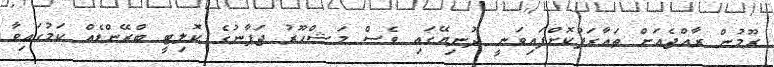
ރޫމުން ރާއްޖެއަށް ތައާރަފުކޮށްފައިވަނީ ދުނިޔޭގައި ވެސް މަޝްހޫރު ޖަޕާނުގެ ކޮލިޓީ ބްރޭންޑެއް ކަމުގައިވާ